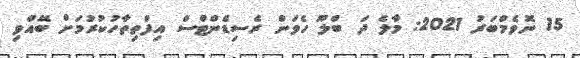
15 ނޮވެމްބަރު 2021: މާލެ ދަ ބްލޫ ހެވަން ރެސިޑެންޓްސް އިފްތިތާހުކުރުމަށް ބޭއްވި